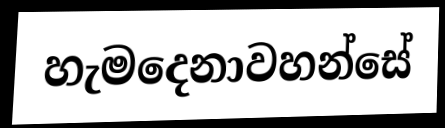
හැමදෙනාවහන්සේ